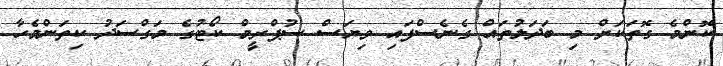
ކޮންމެ ގޮތަކަށް މި ބަދަލުތައް ގެނެސްފައި ވިޔަސް ސުޕްރީމް ކޯޓުގެ މަގްސަދު ކިތަންމެހާ